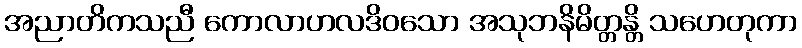
အညာတိကသညီ ကောလာဟလဒိဝသော အသုဘနိမိတ္တန္တိ သဟေတုကာ